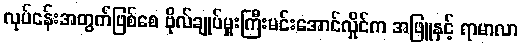
လုပ်ငန်းအတွက်ဖြစ်စေ ဗိုလ်ချုပ်မှူးကြီးမင်းအောင်လှိုင်က အဖြူနှင့် ရာမာလာ